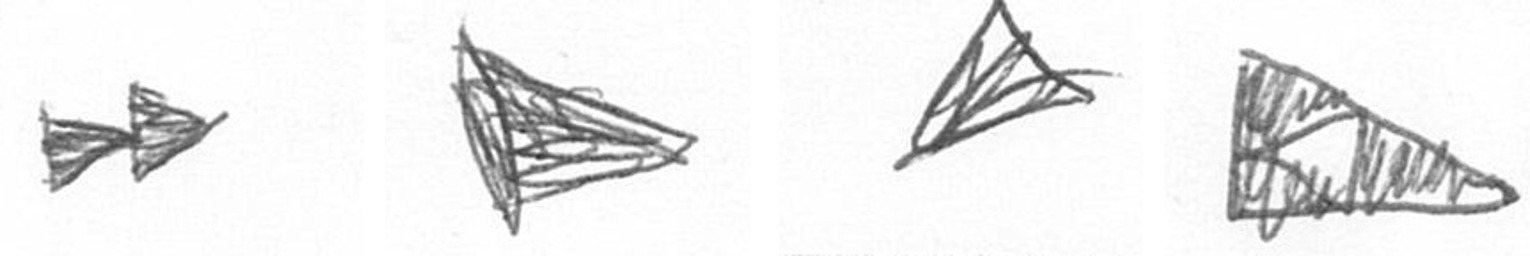
A T O K